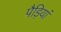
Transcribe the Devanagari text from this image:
पैड़ियां